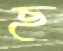
ছ